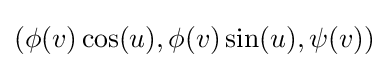
(\phi (v)\cos(u),\phi (v)\sin(u),\psi (v))